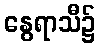
နွေရာသီ၌